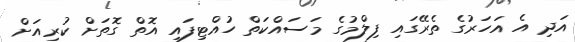
އަދި އެ އަހަރުގެ ތެރޭގައި ފިލްމުގެ މަސައްކަތް ހުއްޓިފައި އޮތް ގޮތަށް ކުރިއަށް